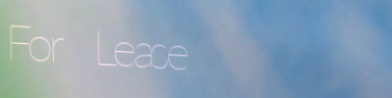
For Lease